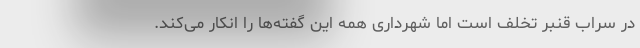
در سراب قنبر تخلف است اما شهرداری همه این گفته‌ها را انکار می‌کند.